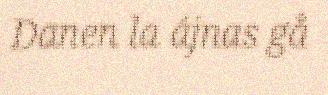
Danen la ájnas gå